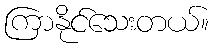
ကြာနိုင်သေးတယ်။